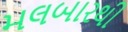
મલબારથી